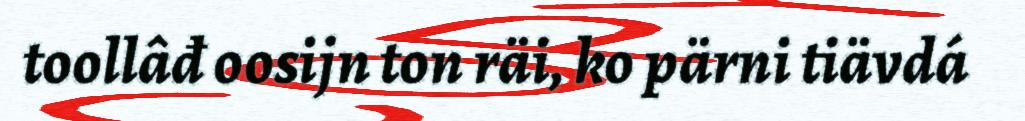
toollâđ oosijn ton räi, ko pärni tiävdá